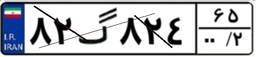
۵۳گ۵۰۰۷۷